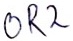
Text: OR2